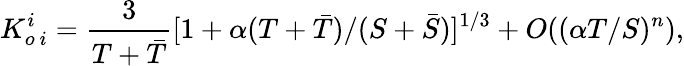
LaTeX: K_{o\ i}^{i}={\frac{3}{T+\bar{T}}}[1+\alpha(T+\bar{T})/(S+\bar{S})]^{1/3}+O((\alpha T/S)^{n}),